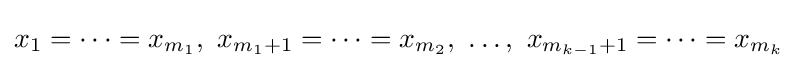
x_{1}=\cdots =x_{m_{1}},\ x_{m_{1}+1}=\cdots =x_{m_{2}},\ \ldots ,\ x_{m_{k-1}+1}=\cdots =x_{m_{k}}